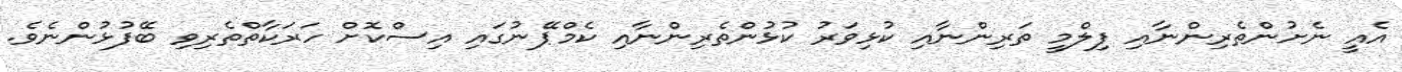
އެއީ ނެށުންތެރިންނާއި ފިލްމީ ތަރިންނާއި ކުޅިވަރު ކުޅުންތެރިންނާއި ކެމްޕޭނުގައި އިސްކޮށް ހަރަކާތްތެރިވި ބޭފުޅުންނެވެ.